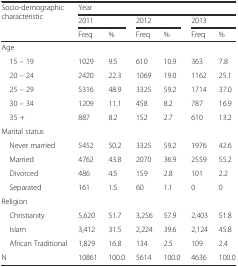
<table><thead><tr><td rowspan="3"><b>Socio-demographic characteristic</b></td><td colspan="6"><b>Year</b></td></tr><tr><td colspan="2"><b>2011</b></td><td colspan="2"><b>2012</b></td><td colspan="2"><b>2013</b></td></tr><tr><td><b>Freq</b></td><td><b>%</b></td><td><b>Freq</b></td><td><b>%</b></td><td><b>Freq</b></td><td><b>%</b></td></tr></thead><tbody><tr><td>Age</td><td></td><td></td><td></td><td></td><td></td><td></td></tr><tr><td> 15 – 19</td><td>1029</td><td>9.5</td><td>610</td><td>10.9</td><td>363</td><td>7.8</td></tr><tr><td> 20 – 24</td><td>2420</td><td>22.3</td><td>1069</td><td>19.0</td><td>1162</td><td>25.1</td></tr><tr><td> 25 – 29</td><td>5316</td><td>48.9</td><td>3325</td><td>59.2</td><td>1714</td><td>37.0</td></tr><tr><td> 30 – 34</td><td>1209</td><td>11.1</td><td>458</td><td>8.2</td><td>787</td><td>16.9</td></tr><tr><td> 35 +</td><td>887</td><td>8.2</td><td>152</td><td>2.7</td><td>610</td><td>13.2</td></tr><tr><td colspan="7">Marital status</td></tr><tr><td> Never married</td><td>5452</td><td>50.2</td><td>3325</td><td>59.2</td><td>1976</td><td>42.6</td></tr><tr><td> Married</td><td>4762</td><td>43.8</td><td>2070</td><td>36.9</td><td>2559</td><td>55.2</td></tr><tr><td> Divorced</td><td>486</td><td>4.5</td><td>159</td><td>2.8</td><td>101</td><td>2.2</td></tr><tr><td> Separated</td><td>161</td><td>1.5</td><td>60</td><td>1.1</td><td>0</td><td>0</td></tr><tr><td colspan="7">Religion</td></tr><tr><td> Christianity</td><td>5,620</td><td>51.7</td><td>3,256</td><td>57.9</td><td>2,403</td><td>51.8</td></tr><tr><td> Islam</td><td>3,412</td><td>31.5</td><td>2,224</td><td>39.6</td><td>2,124</td><td>45.8</td></tr><tr><td> African Traditional</td><td>1,829</td><td>16.8</td><td>134</td><td>2.5</td><td>109</td><td>2.4</td></tr><tr><td>N</td><td>10861</td><td>100.0</td><td>5614</td><td>100.0</td><td>4636</td><td>100.0</td></tr></tbody></table>